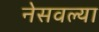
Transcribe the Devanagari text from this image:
नेसवल्या